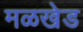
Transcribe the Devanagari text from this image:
मळखेड